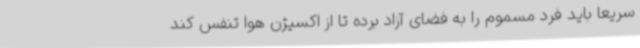
سریعاً باید فرد مسموم را به فضای آزاد برده تا از اکسیژن هوا تنفس کند